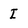
Character: I